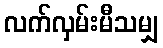
လက်လှမ်းမီသမျှ